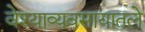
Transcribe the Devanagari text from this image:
वेश्याव्यवसायातले